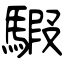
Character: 騢